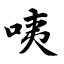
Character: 咦